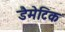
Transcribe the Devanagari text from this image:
डैमेटिक